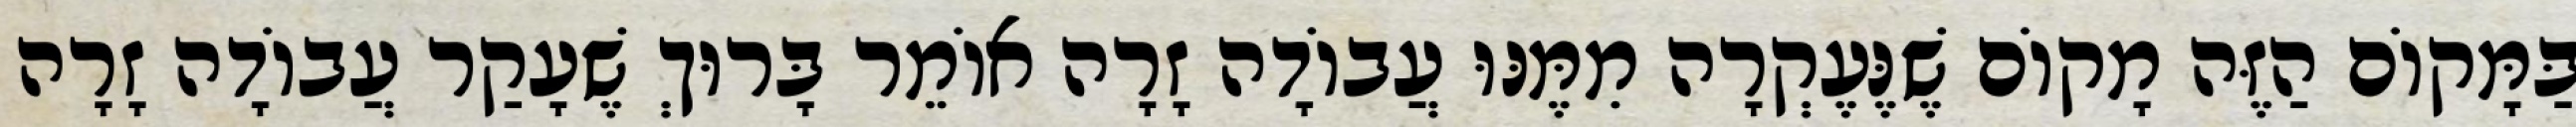
בַּמָּקוֹם הַזֶּה מָקוֹם שֶׁנֶּעֶקְרָה מִמֶּנּוּ עֲבוֹדָה זָרָה אוֹמֵר בָּרוּךְ שֶׁעָקַר עֲבוֹדָה זָרָה